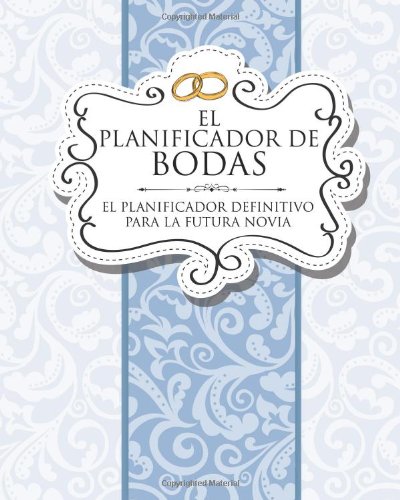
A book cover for El Planificador de Bodas: El Planificador Definitivo Para La Futura Novia (Spanish Edition); Speedy Publishing LLC; Crafts, Hobbies & Home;